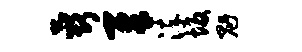
蕊犀淬坂魁